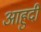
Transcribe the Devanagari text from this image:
आहुदी